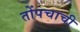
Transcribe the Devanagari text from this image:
तोंपचाची